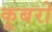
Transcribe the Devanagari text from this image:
कूबरो